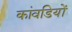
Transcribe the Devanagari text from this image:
कांवडियों